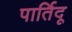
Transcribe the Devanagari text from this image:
पार्तिदू